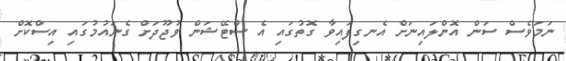
ނަމަވެސް ސަން އޮންލައިނަށް އެނގިފައިވާ ގޮތުގައި އެ ސްޓޭޝަން ވުޖޫދަށް ގެނައުމުގައި އިސްކޮށް